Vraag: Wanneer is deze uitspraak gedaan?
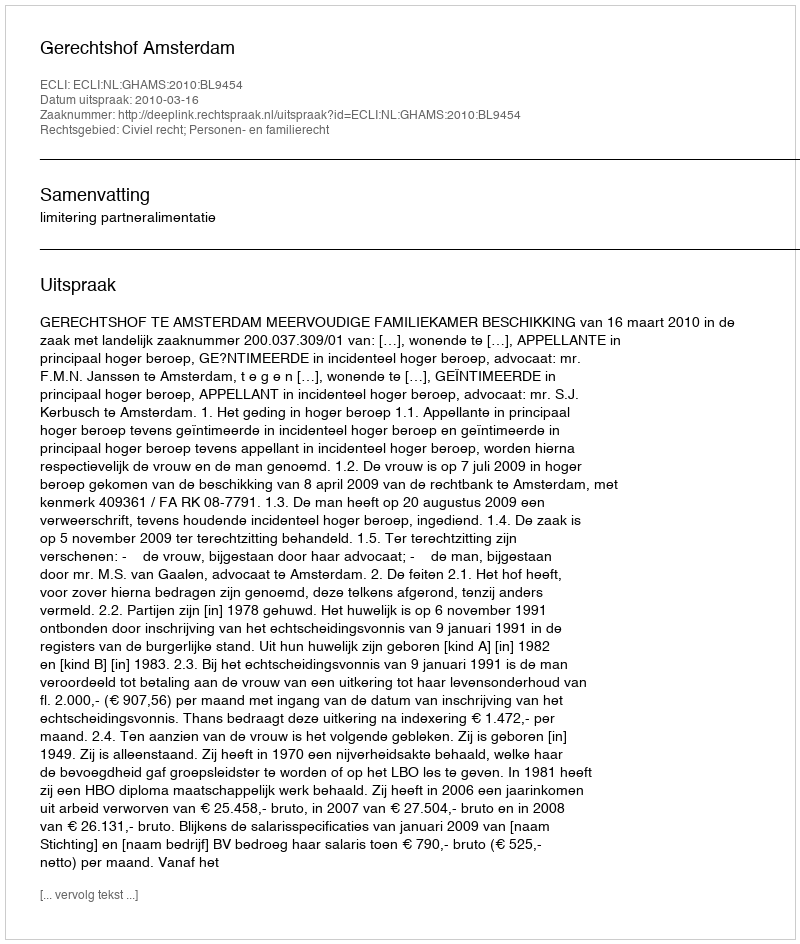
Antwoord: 2010-03-16